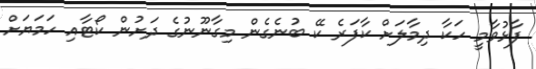
ފާޅުވާމީ ހަކާ ދިމާލަށް ކާފަރެ ކޭ ބުނެގެން މިގާނޫނުގެ ދަށުން ކޯޓާއި ހަމަޔަށް